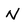
Character: N